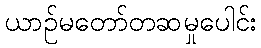
ယာဉ်မတော်တဆမှုပေါင်း